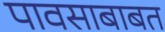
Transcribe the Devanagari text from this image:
पावसाबाबत